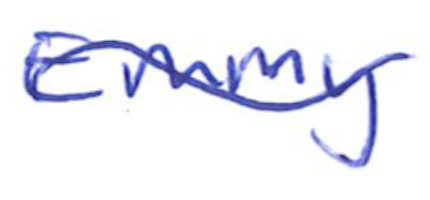
Text: Emmy
Cross-out: wave
Writing tool: ballpoint